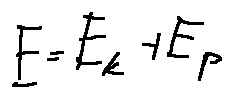
E = E _ { k } + E _ { p }